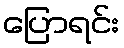
ပြောရင်း